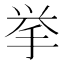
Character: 挙